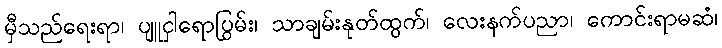
မှီသည်ရေးရာ၊ ပျူငှါရောပြွမ်း၊ သာချမ်းနုတ်ထွက်၊ လေးနက်ပညာ၊ ကောင်းရာမဆံ၊